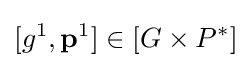
[g^{1},\mathbf {p} ^{1}]\in [G\times P^{*}]